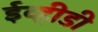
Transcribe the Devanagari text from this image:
ईव्हीडी